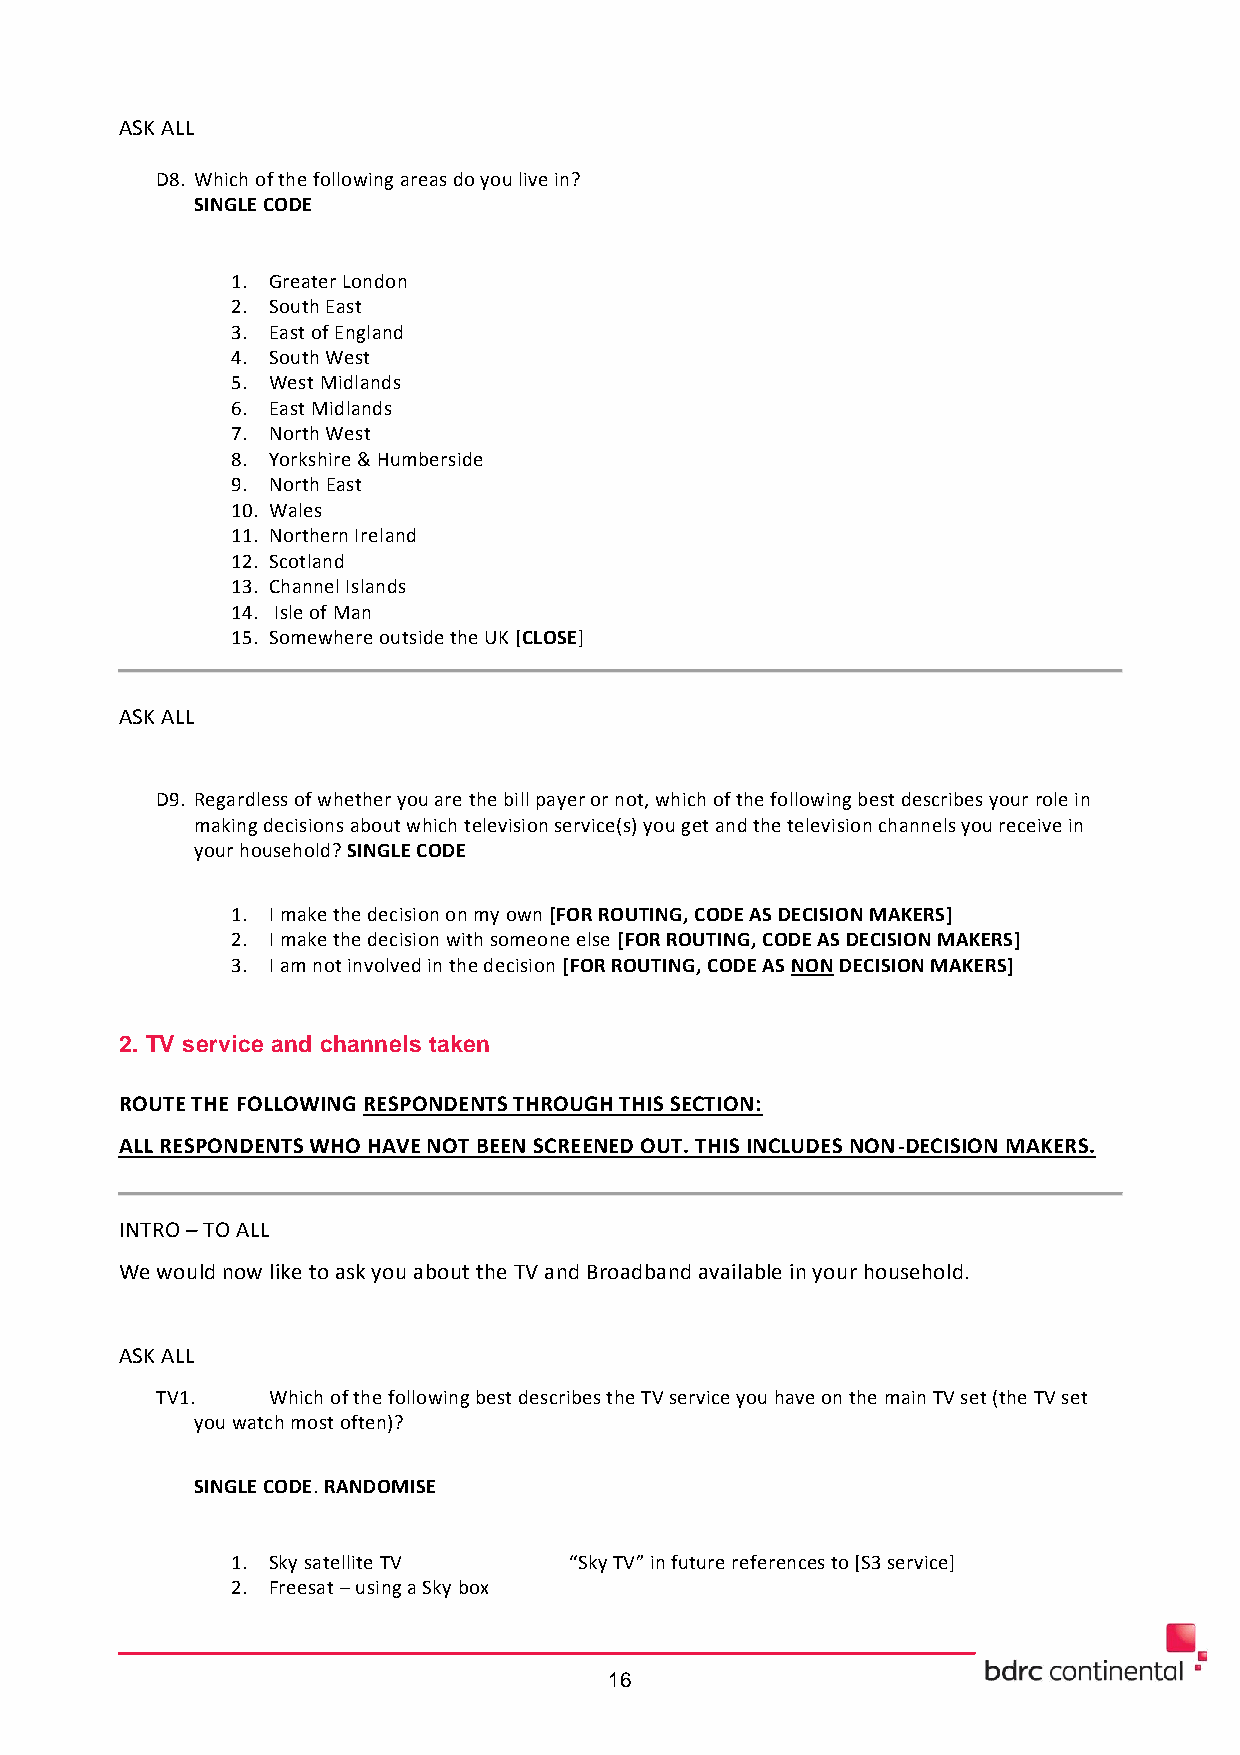
ASK ALL
 D8. Which of the following areas do you live in?
 SINGLE CODE
 1. Greater London
 2. South East
 3. East of England
 4. South West
 5. West Midlands
 6. East Midlands
 7. North West
 8. Yorkshire & Humberside
 9. North East
 10. Wales
 11. Northern Ireland
 12. Scotland
 13. Channel Islands
 14. Isle of Man
 15. Somewhere outside the UK [CLOSE]
 ASK ALL
 D9. Regardless of whether you are the bill payer or not, which of the following best describes your role in
 making decisions about which television service(s) you get and the television channels you receive in
 your household? SINGLE CODE
 1. I make the decision on my own [FOR ROUTING, CODE AS DECISION MAKERS]
 2. I make the decision with someone else [FOR ROUTING, CODE AS DECISION MAKERS]
 3. I am not involved in the decision [FOR ROUTING, CODE AS NON DECISION MAKERS]
 2. TV service and channels taken
 ROUTE THE FOLLOWING RESPONDENTS THROUGH THIS SECTION:
 ALL RESPONDENTS WHO HAVE NOT BEEN SCREENED OUT. THIS INCLUDES NON-DECISION MAKERS.
 INTRO – TO ALL
 We would now like to ask you about the TV and Broadband available in your household.
 ASK ALL
 TV1.    Which of the following best describes the TV service you have on the main TV set (the TV set
 you watch most often)?
 SINGLE CODE. RANDOMISE
 1. Sky satellite TV    “Sky TV” in future references to [S3 service]
 2. Freesat – using a Sky box
 16